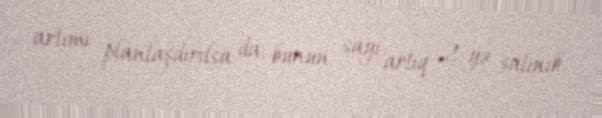
artımı planlaşdırılsa da, bunun sayı artıq 2-yə salınıb.